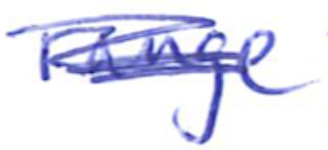
Text: range
Cross-out: scratch
Writing tool: ballpoint